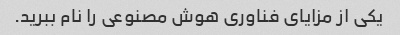
یکی از مزایای فناوری هوش مصنوعی را نام ببرید.